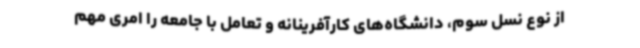
از نوع نسل سوم، دانشگاه‌های کارآفرینانه و تعامل با جامعه را امری مهم